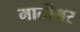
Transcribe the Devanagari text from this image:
मार्तीमर